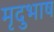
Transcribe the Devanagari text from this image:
मृदुभाष